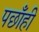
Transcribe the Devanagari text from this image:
पछाँही